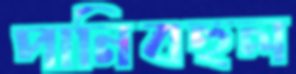
পানিবহুল